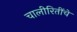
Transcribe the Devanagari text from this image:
चालीरितींचे